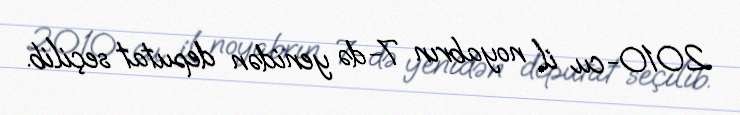
2010-cu il noyabrın 7-də yenidən deputat seçilib.